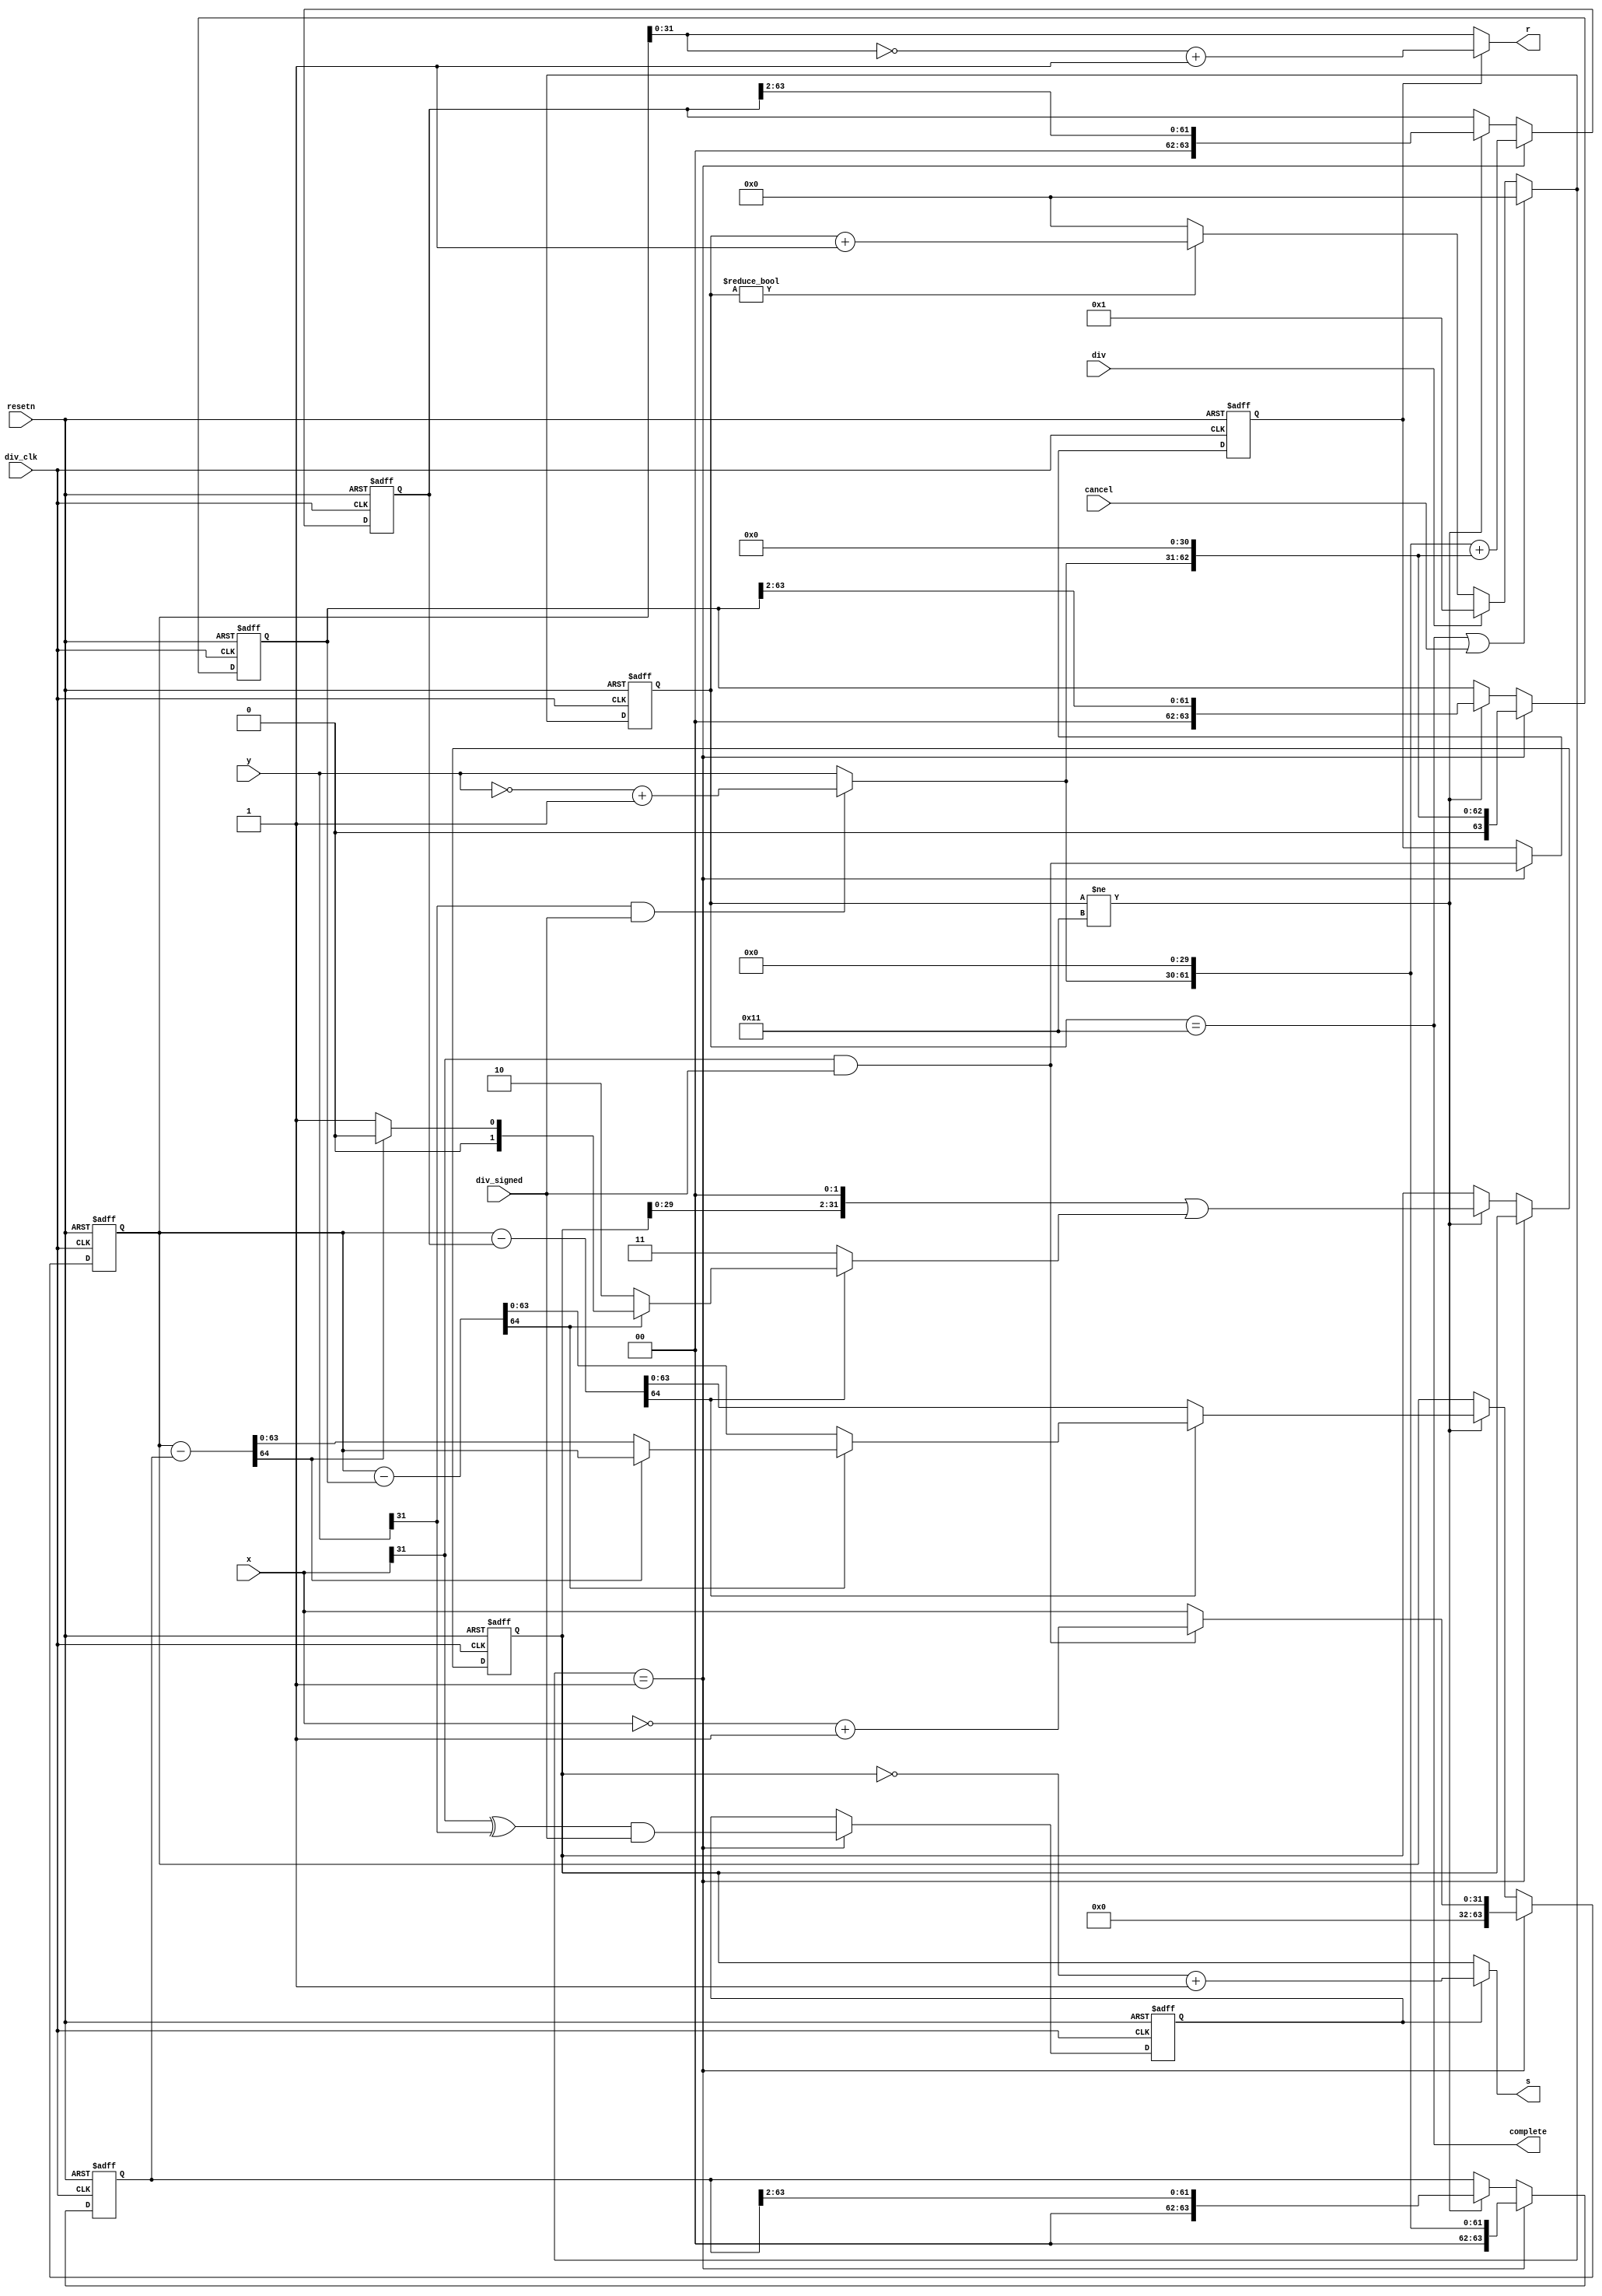
`timescale 1ns / 1ps
//////////////////////////////////////////////////////////////////////////////////
// Company: 
// Engineer: 
// 
// Design Name: 
// Module Name: div
// Project Name: 
// Target Devices: 
// Tool Versions: 
// Description: 
// 
// Dependencies: 
// 
// Revision:
// Revision 0.01 - File Created
// Additional Comments:
// 
//////////////////////////////////////////////////////////////////////////////////


module div(
    input div_clk,
    input resetn,
    input div,
    input div_signed,
    input [31:0] x,
    input [31:0] y,
    output [31:0] s,
    output [31:0] r,
    output complete,
    input cancel
);

  reg [5:0] cnt;
  wire [5:0] cnt_next;
  reg [63:0] x_, y1, y2, y3;
  reg [31:0] quot; // quotient
  reg sign_s, sign_r;
  wire [63:0] y1_wire = {2'd0, (y[31]&&div_signed) ? ~y+1'b1 : y, 30'd0};
  wire [64:0] sub1_res = x_ - y1;
  wire [64:0] sub2_res = x_ - y2;
  wire [64:0] sub3_res = x_ - y3;
  wire working = cnt != 6'd0;

  assign cnt_next = cnt == 6'd17 || cancel ? 6'd0
                  : div ? 6'd1
                  : working ? cnt + 6'd1
                  : 6'd0;
  always @(posedge div_clk or negedge resetn) begin
    if (!resetn) cnt <= 6'd0;
    else cnt <= cnt_next;
  end

  always @(posedge div_clk or negedge resetn) begin
    if (!resetn) begin
      x_ <= 64'd0;
      y1 <= 64'd0;
      y2 <= 64'd0;
      y3 <= 64'd0;
      quot <= 32'd0;
      sign_s <= 1'b0;
      sign_r <= 1'b0;
    end
    else if (cnt_next == 6'd1) begin
      x_ <= {32'd0, (x[31]&&div_signed) ? ~x+1'b1 : x};
      y1 <= y1_wire;
      y2 <= y1_wire << 1;
      y3 <= y1_wire + (y1_wire << 1);
      sign_s <= (x[31]^y[31]) && div_signed;
      sign_r <= x[31] && div_signed;
    end
    else if (cnt != 6'd17) begin
      x_ <= !sub3_res[64] ? sub3_res[63:0]
          : !sub2_res[64] ? sub2_res[63:0]
          : !sub1_res[64] ? sub1_res[63:0]
          : x_;
      y1 <= y1 >> 2;
      y2 <= y2 >> 2;
      y3 <= y3 >> 2;
      quot <= (quot << 2) | {30'd0, !sub3_res[64] ? 2'd3 : !sub2_res[64] ? 2'd2 : !sub1_res[64] ? 2'd1 : 2'd0};
    end
  end

  assign s = sign_s ? ~quot+1'b1 : quot;
  assign r = sign_r ? ~x_[31:0]+1'b1 : x_[31:0];
  assign complete = cnt == 6'd17;

endmodule